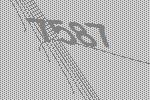
7587